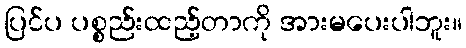
ပြင်ပ ပစ္စည်းထည့်တာကို အားမပေးပါဘူး။